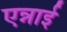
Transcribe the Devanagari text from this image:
एन्नाई